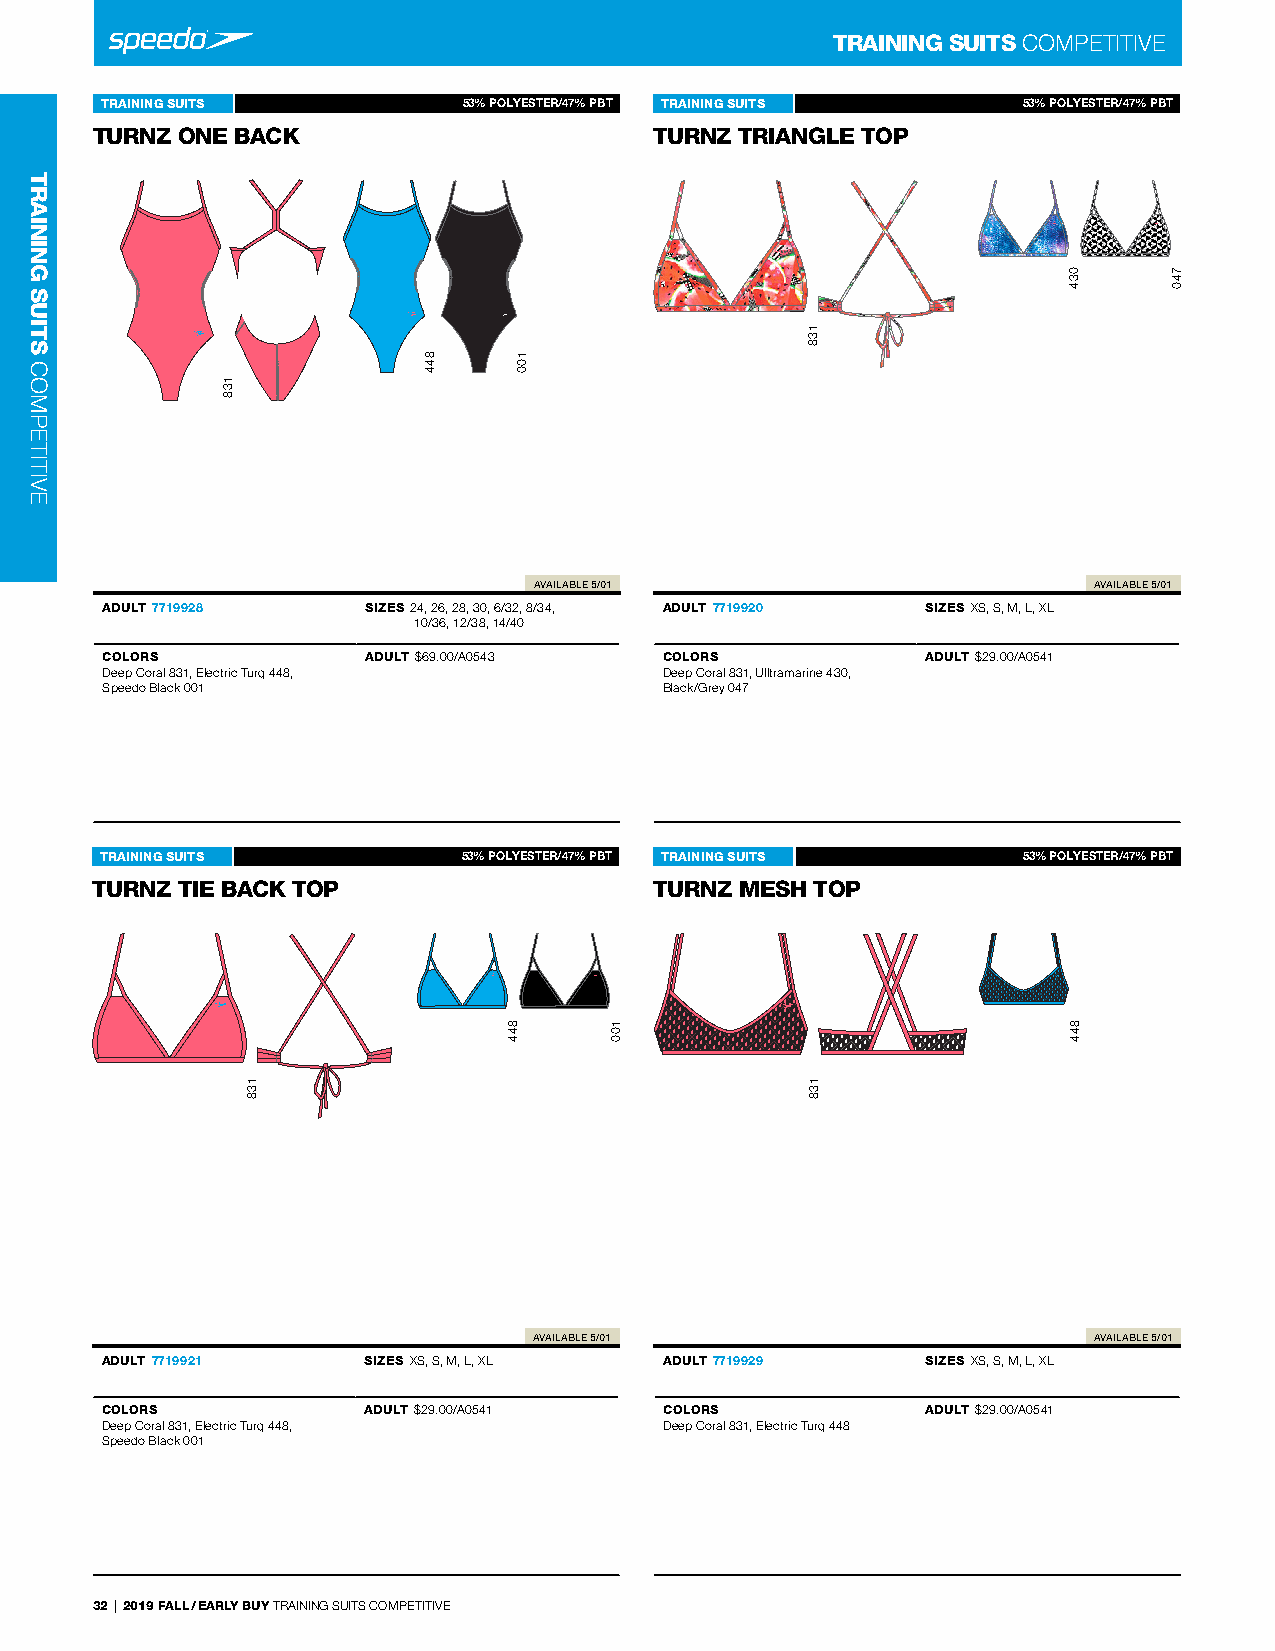
TRAINING SUITS COMPeTITIVe
 TRAINING SUITS      Turnz 7715939%28 POLYESTER/47% PBT TRAINING SUITS Turnz 7715939%20 POLYESTER/47% PBT
 TURNZ ONE BACK   -                   TURNZ TRIANGLE TOP-
 -                                     -
 AVAILABLE 5/01                       AVAILABLE 5/01
 ADULT 7719928    SIZES 24, 26, 28, 30, 6/32, 8/34, ADULT 7719920 SIZES XS, S, M, L, XL
 10/36, 12/38, 14/40
 COLORS           ADULT $69.00/A0543  COLORS           ADULT $29.00/A0541
 deep Coral 831, electric Turq 448,   deep Coral 831, Ulltramarine 430,
 Speedo Black 001                     Black/Grey 047
 TRAINING SUITS      Turnz 7715939%21 POLYESTER/47% PBT TRAINING SUITS Turnz 7715939%28 POLYESTER/47% PBT
 TURNZ TIE BACK TOP -                 TURNZ MESH TOP    -
 -                                     -
 AVAILABLE 5/01                       AVAILABLE 5/01
 ADULT 7719921    SIZES XS, S, M, L, XL ADULT 7719929  SIZES XS, S, M, L, XL
 COLORS           ADULT $29.00/A0541  COLORS           ADULT $29.00/A0541
 deep Coral 831, electric Turq 448,   deep Coral 831, electric Turq 448
 Speedo Black 001
 32 | 2019 FALL / EARLY BUY TrAInInG SUITS COMPeTITIVe
 TRAINING
 SUITS
 COMPeTITIVe
 138
 138
 844
 844
 100
 100
 138
 138
 034
 844
 740